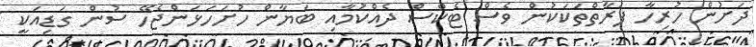
ދަށުން ހުރިހާ ފަރާތްތަކަކުން ވެސް ޓެކްސް ދެއްކުމާއި ބަޔާން ހުށަހަޅަންޖެހޭ ސުން ގަޑިއަކީ